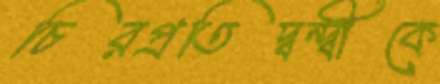
চিরপ্রতিদ্বন্দ্বীকে